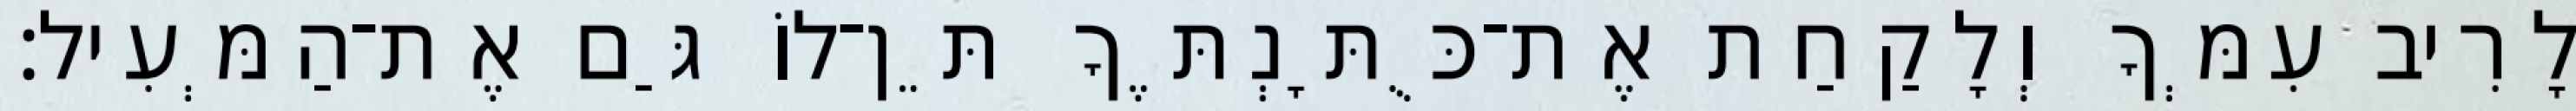
לָרִיב עִמְּךָ וְלָקַחַת אֶת־כֻּתָּנְתֶּךָ תֵּן־לוֹ גַּם אֶת־הַמְּעִיל׃